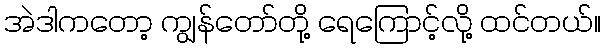
အဲဒါကတော့ ကျွန်တော်တို့ ရေကြောင့်လို့ ထင်တယ်။